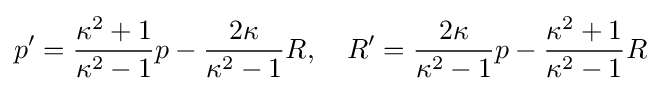
p'={\frac {\kappa ^{2}+1}{\kappa ^{2}-1}}p-{\frac {2\kappa }{\kappa ^{2}-1}}R,\quad R'={\frac {2\kappa }{\kappa ^{2}-1}}p-{\frac {\kappa ^{2}+1}{\kappa ^{2}-1}}R